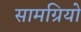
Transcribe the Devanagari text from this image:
सामग्रियो